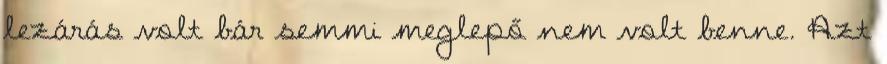
lezárás volt bár semmi meglepő nem volt benne. Azt